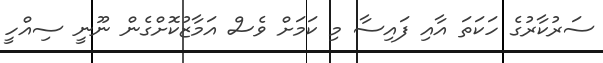
ސަރުކާރުގެ ހަކަތަ އާއި ފައިސާ މި ކަމަށް ވެސް އަމާޒުކޮށްގެން ނޫނީ ސިއްހީ